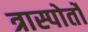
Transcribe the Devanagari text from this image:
त्रास्पोर्तो